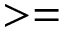
> =